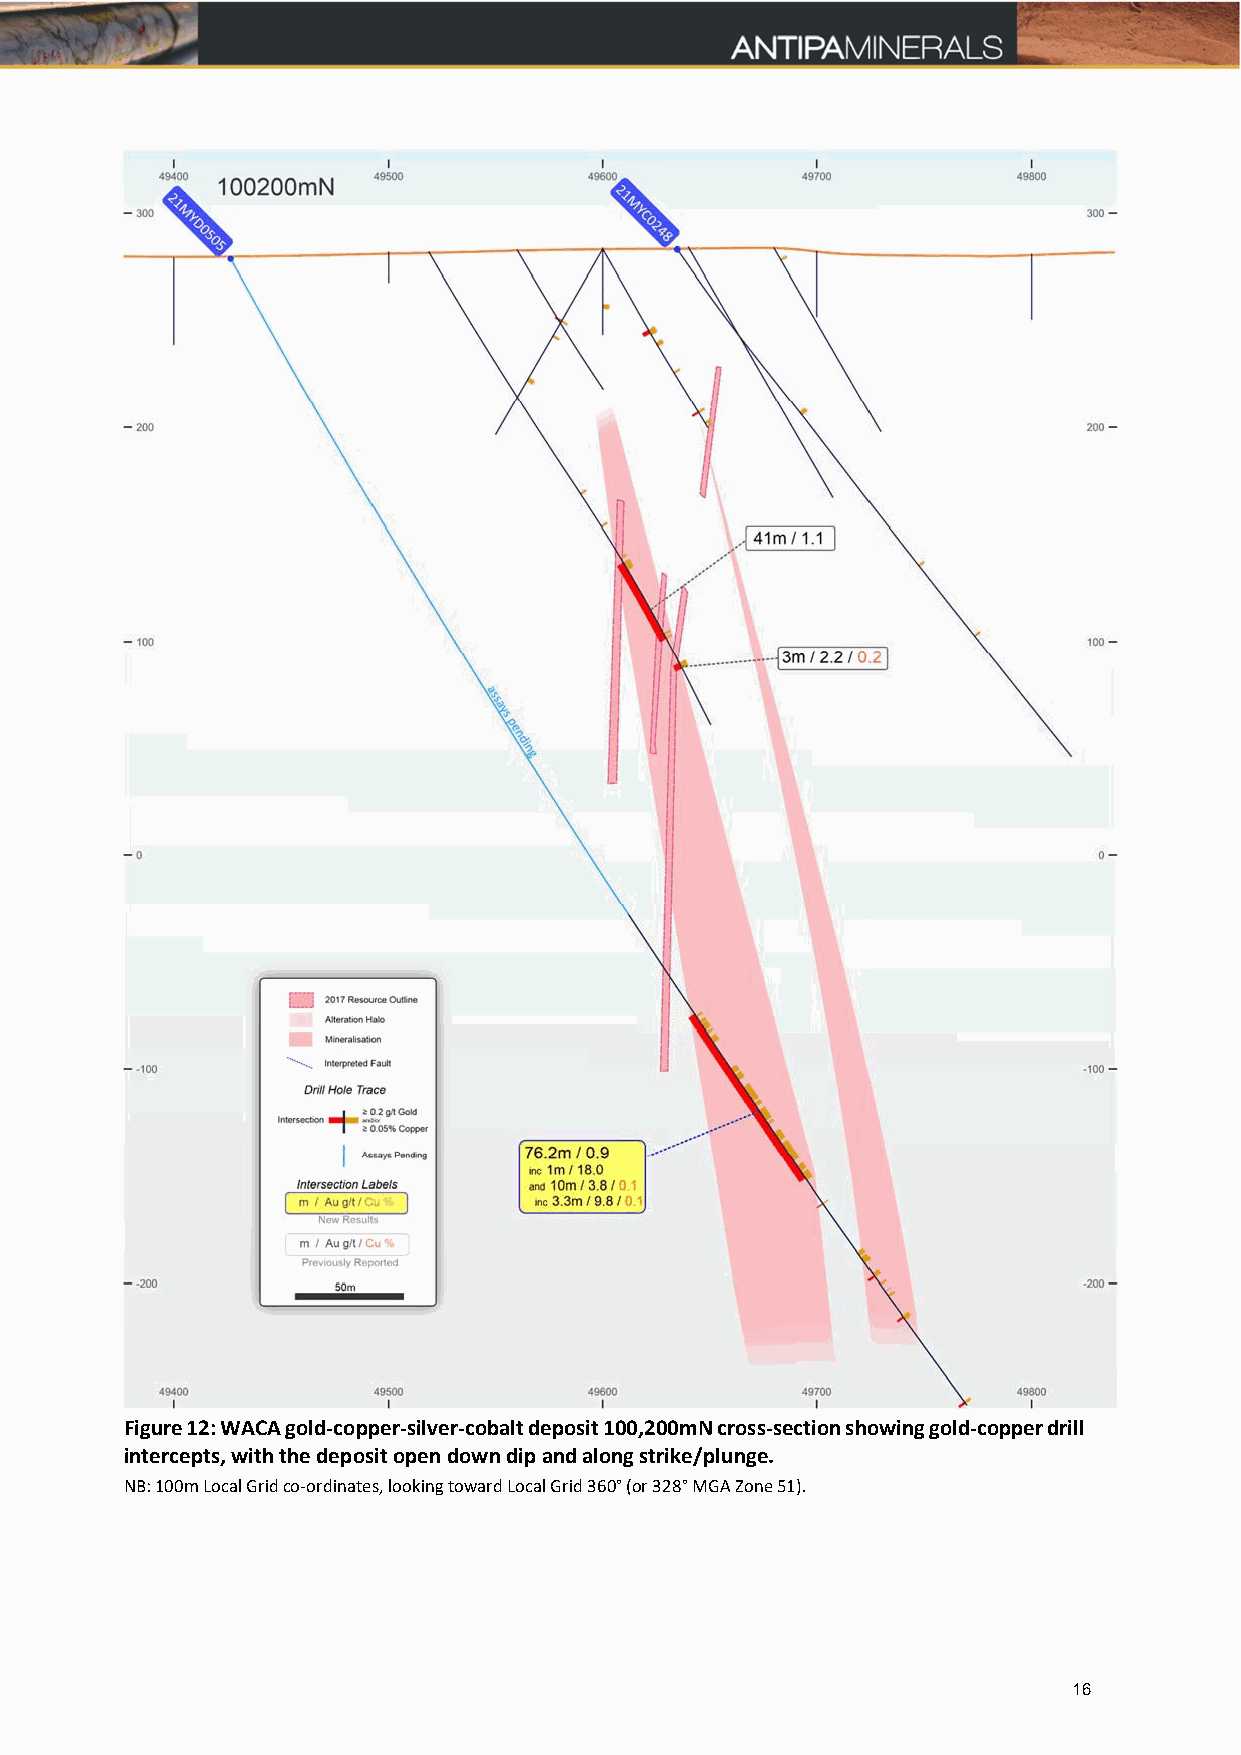
Figure 12: WACA gold-copper-silver-cobalt deposit 100,200mN cross-section showing gold-copper drill
 intercepts, with the deposit open down dip and along strike/plunge.
 NB: 100m Local Grid co‐ordinates, looking toward Local Grid 360° (or 328° MGA Zone 51).
 16